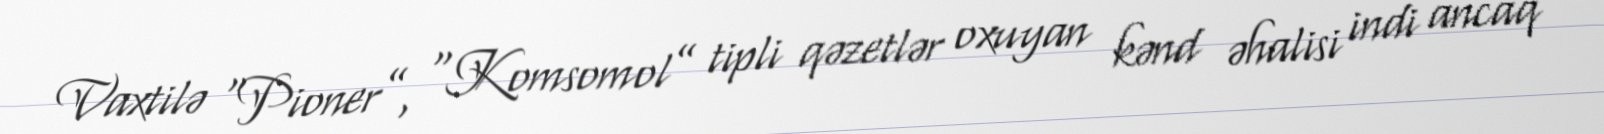
Vaxtilə “Pioner”, “Komsomol” tipli qəzetlər oxuyan kənd əhalisi indi ancaq